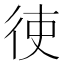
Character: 𫹒